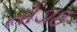
તોડાઇ